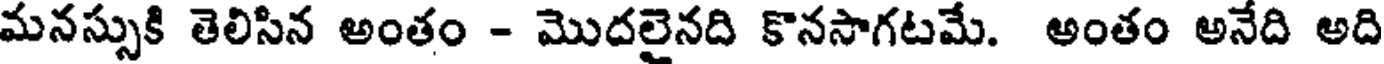
మనస్సుకి తెలిసిన అంతం - మొదలైనది కొనసాగటమే. అంతం అనేది అది